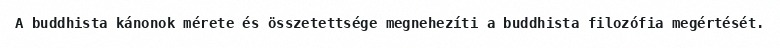
A buddhista kánonok mérete és összetettsége megnehezíti a buddhista filozófia megértését.